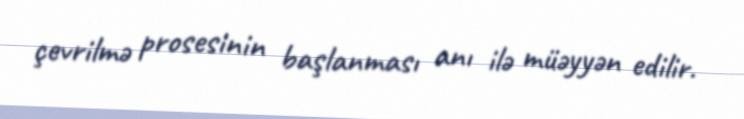
çevrilmə prosesinin başlanması anı ilə müəyyən edilir.